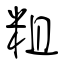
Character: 粗